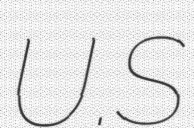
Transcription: U.S